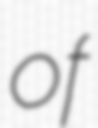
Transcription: of